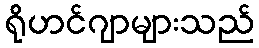
ရိုဟင်ဂျာများသည်